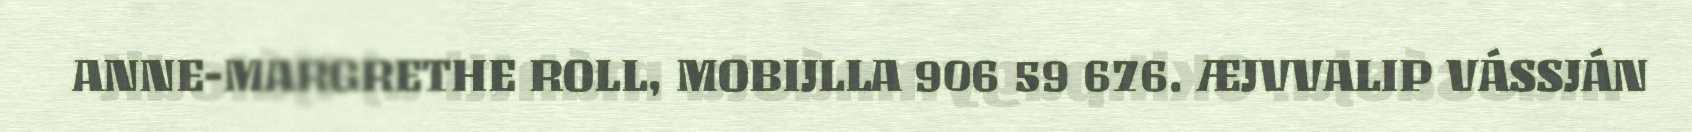
ANNE-MARGRETHE ROLL, MOBIJLLA 906 59 676. ÆJVVALIP VÁSSJÁN